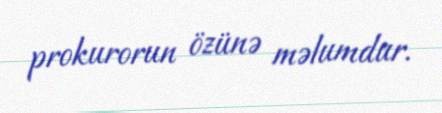
prokurorun özünə məlumdur.